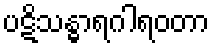
ပဋိသန္ဓာရဂါရဝတာ